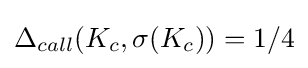
\Delta _{call}(K_{c},\sigma (K_{c}))=1/4